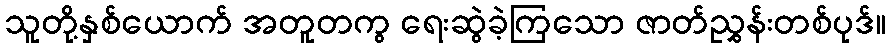
သူတို့နှစ်ယောက် အတူတကွ ရေးဆွဲခဲ့ကြသော ဇာတ်ညွှန်းတစ်ပုဒ်။